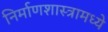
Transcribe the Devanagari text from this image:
निर्माणशास्त्रामध्ये